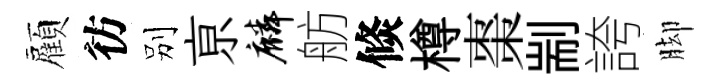
顏彷别亰麟舫倐樽棗剬誇脚